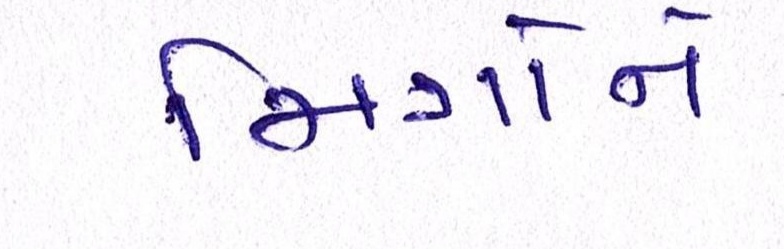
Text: મિત્રોને